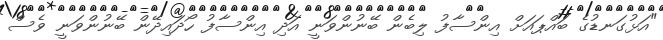
"އަޅުގަނޑުގެ ބައްޕައަށް އިންސާފު ލިބެން ބޭނުންވަނީ އަދި އިންސާފު ހޯދައިދޭން ބޭނުންވަނީ ވެސް